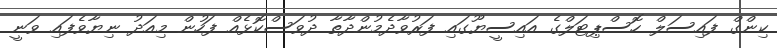
ކިންގް ފައިސަލް ހޮސްޕިޓަލްގެ އައިސީޔޫގައި ފަރުވާދެމުންދާތާ ދުވަސްކޮޅެއް ފަހުން މިއަދު ނިޔާވެފައި ވަނީ